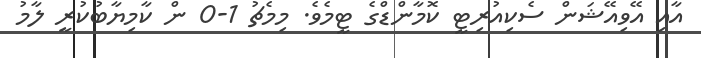
އާއި އޭވިއޭޝަން ސެކިއުރިޓީ ކޮމާންޑްގެ ޓީމެވެ. މިމެޗު 1-0 ން ކާމިޔާބުކުރީ ލާމު